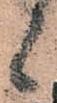
候